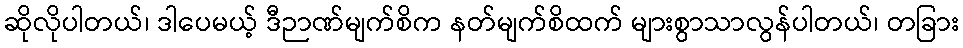
ဆိုလိုပါတယ်၊ ဒါပေမယ့် ဒီဉာဏ်မျက်စိက နတ်မျက်စိထက် များစွာသာလွန်ပါတယ်၊ တခြား